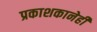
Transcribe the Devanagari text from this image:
प्रकाशकानेही